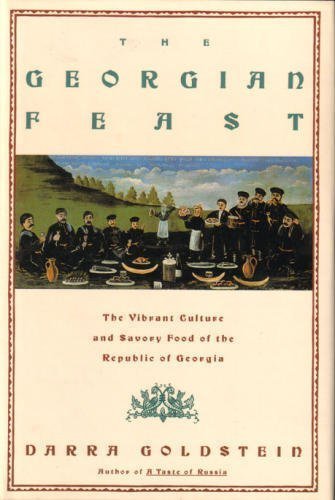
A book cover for The Georgian Feast: The Vibrant Culture and Savory Food of the Republic of Georgia; Darra Goldstein; Travel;